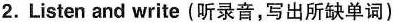
2.Listen and write (听录音,写出所缺单词)